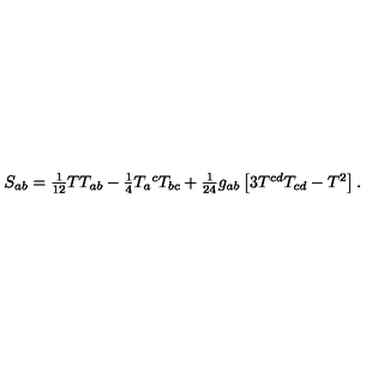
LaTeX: S _ { a b } = \textstyle { \frac { 1 } { 1 2 } } T T _ { a b } - \textstyle { \frac { 1 } { 4 } } T _ { a } { } ^ { c } T _ { b c } + \textstyle { \frac { 1 } { 2 4 } } g _ { a b } \left[ 3 T ^ { c d } T _ { c d } - T ^ { 2 } \right] .